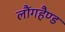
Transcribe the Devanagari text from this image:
लौंगहैण्ड